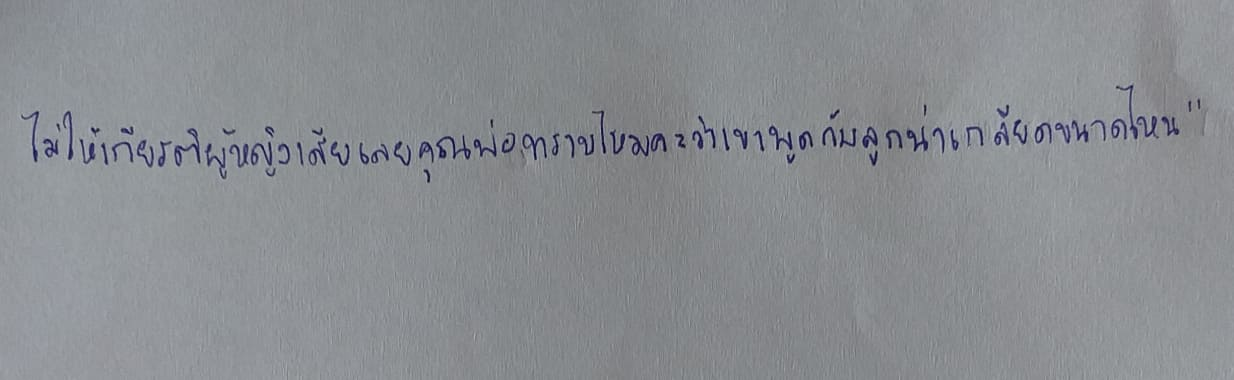
ไม่ให้เกียรติผู้หญิงเสียเลยคุณพ่อทราบไหมคะว่าเขาพูดกับลูกน่าเกลียดขนาดไหน"